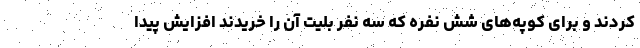
کردند و برای کوپه‌های شش نفره که سه نفر بلیت آن را خریدند افزایش پیدا